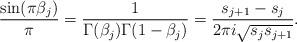
LaTeX: \begin{align*}\frac{\sin (\pi \beta_{j})}{\pi} = \frac{1}{\Gamma(\beta_{j})\Gamma(1-\beta_{j})} = \frac{s_{j+1}-s_{j}}{2\pi i \sqrt{s_{j}s_{j+1}}}.\end{align*}